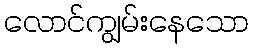
လောင်ကျွမ်းနေသော